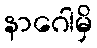
နာဂေါမှိ